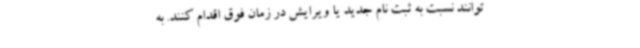
‌توانند نسبت به ثبت نام جدید یا ویرایش در زمان فوق اقدام کنند. به